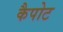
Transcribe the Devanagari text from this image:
कैपोट